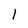
Character: 1